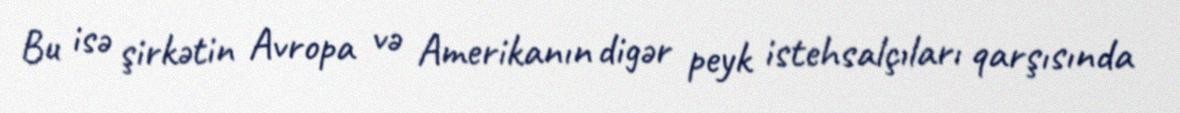
Bu isə şirkətin Avropa və Amerikanın digər peyk istehsalçıları qarşısında